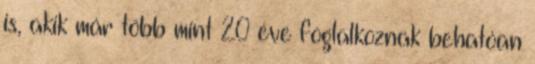
is, akik már több mint 20 éve foglalkoznak behatóan